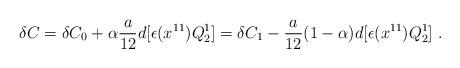
LaTeX: \begin{align*}\delta C = \delta C_0 + \alpha {a \over 12} d [\epsilon (x^{11}) Q_2^1 ]= \delta C_1 - {a \over 12} (1-\alpha) d [\epsilon (x^{11}) Q_2^1 ] \ . \end{align*}